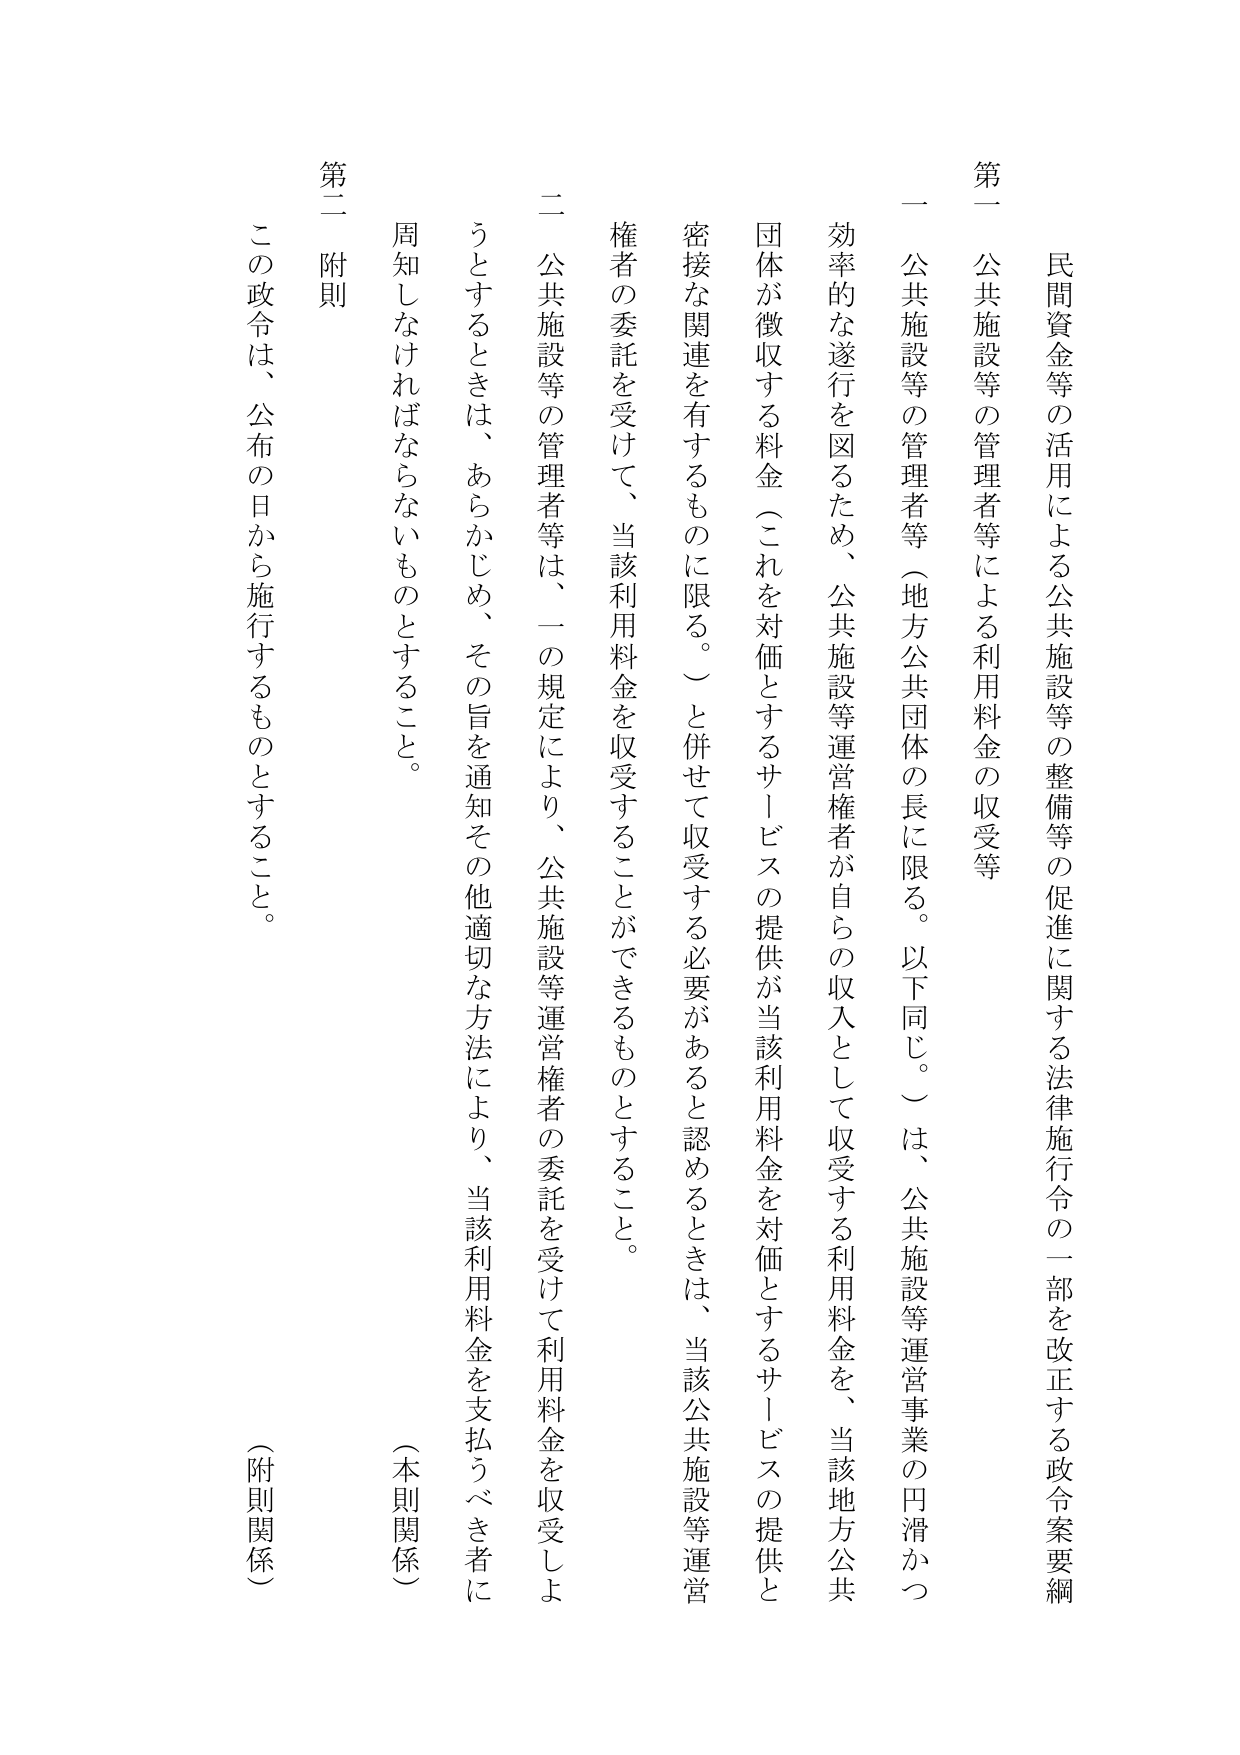
民間資金等の活用による公共施設等の整備等の促進に関する法律施行令の一部を改正する政令案要綱

第一 公共施設等の管理者等による利用料金の収受等

一 公共施設等の管理者等（地方公共団体の長に限る。以下同じ。）は、公共施設等運営事業の円滑かつ効率的な遂行を図るため、公共施設等運営権者が自らの収入として収受する利用料金を、当該地方公共団体が徴収する料金（これを対価とするサービスの提供が当該利用料金を対価とするサービスの提供と密接な関連を有するものに限る。）と併せて収受する必要があると認めるときは、当該公共施設等運営権者の委託を受けて、当該利用料金を収受することができるものとすること。

二 公共施設等の管理者等は、一の規定により、公共施設等運営権者の委託を受けて利用料金を収受しようとするときは、あらかじめ、その旨を通知その他適切な方法により、当該利用料金を支払うべき者に周知しなければならないものとすること。

第二 附則

この政令は、公布の日から施行するものとすること。

（本則関係）
（附則関係）